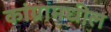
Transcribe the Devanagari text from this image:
कांग्रामधील